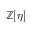
\mathbb { Z } [ \eta ]